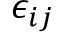
\epsilon _ { i j }